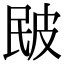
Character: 𤿕